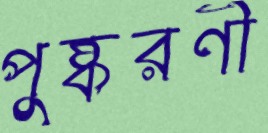
পুষ্করণী